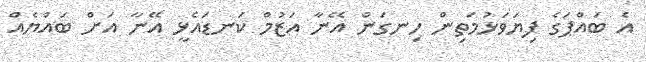
އެ ބައްޕަގެ ފިޔަވަޅުމަތިން ހިނގަން އޭނާ އަޒުމް ކަނޑައެޅީ އޭނާ އަށް ބައްޔެއް